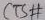
Text: CTS#